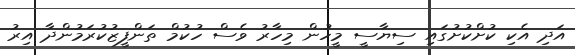
އަދި އެކި ކުށްކުށުގައި ސިޔާސީ މީހުން މިހާރު ވެސް ހުކުމް ތަންފީޒުކުރަމުންދާ އިރު